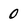
Character: 0